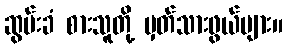
ဆွမ်းခံ စားသူတို့ မှတ်သားဖွယ်များ။